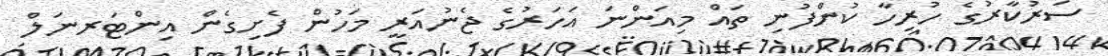
ސަރުކާރުގެ ހުރިހާ ކުންފުނި ތައް މިއަންނަ އަހަރުގެ ޖެނުއަރީ މަހުން ފެށިގެން އިންޓަރނަލް